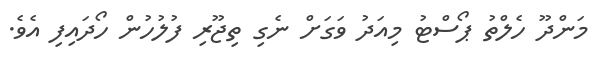
މަންދޫ ހެލްތު ޕޯސްޓު މިއަދު ވަގަށް ނެގި ތިޖޫރި ފުލުހުން ހޯދައިފި އެވެ.